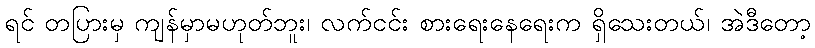
ရင် တပြားမှ ကျန်မှာမဟုတ်ဘူး၊ လက်ငင်း စားရေးနေရေးက ရှိသေးတယ်၊ အဲဒီတော့